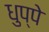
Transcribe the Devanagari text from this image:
धुप्पे